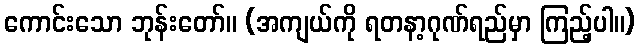
ကောင်းသော ဘုန်းတော်။ (အကျယ်ကို ရတနာ့ဂုဏ်ရည်မှာ ကြည့်ပါ။)